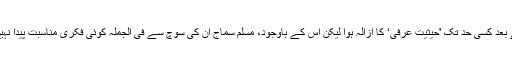
مرنے کے بعد کسی حد تک 'حیثیت عرفی‘ کا ازالہ ہوا لیکن اس کے باوجود، مسلم سماج ان کی سوچ سے فی الجملہ کوئی فکری مناسبت پیدا نہیں کر سکا۔